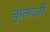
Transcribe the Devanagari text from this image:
कृतवती